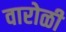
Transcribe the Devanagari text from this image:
वारोळी